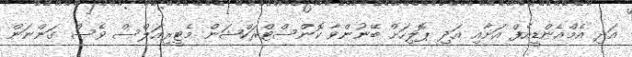
އަދި އެމްއެންޑީއެފް އަށާއި އަދި ޕޮލިހަށް ބޭނުންވާ ކޮންސްޓްރަކްޝަން މެޓީރިއަލްސް ވެސް ގަންނަން